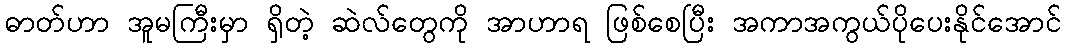
ဓာတ်ဟာ အူမကြီးမှာ ရှိတဲ့ ဆဲလ်တွေကို အာဟာရ ဖြစ်စေပြီး အကာအကွယ်ပိုပေးနိုင်အောင်